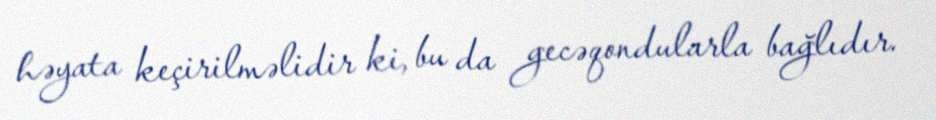
həyata keçirilməlidir ki, bu da gecəqondularla bağlıdır.